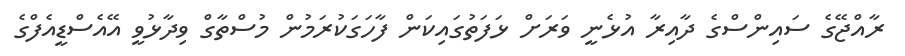
ރާއްޖޭގެ ސައިންސްގެ ދާއިރާ އުޅެނީ ވަރަށް ޅަފަތުގައިކަން ފާހަގަކުރަމުން މުސްތާގް ވިދާޅުވީ އޭއެސްޑީއެފްގެ